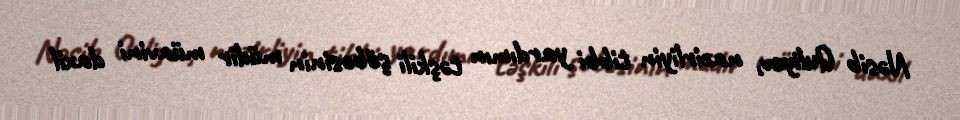
Nəsib Quliyev, nazirliyin tibbi yardımın təşkili şöbəsinin müdir müavini daxil